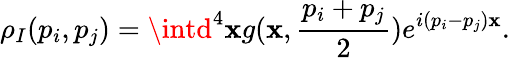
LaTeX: \rho_{I}(p_{i},p_{j})=\intd^{4}\mathbf{x}g(\mathbf{x},\frac{{p_{i}+p_{j}}}{{2}})e^{i(p_{i}-p_{j})\mathbf{x}}.